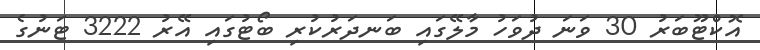
އޮކްޓޫބަރު 30 ވަނަ ދުވަހު މާލޭގައި ބަނދަރުކުރި ބޯޓުގައި އޭރު 3222 ޓަނުގެ